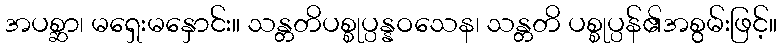
အပစ္ဆာ၊ မရှေးမနှောင်း။ သန္တတိပစ္စုပ္ပန္နဝသေန၊ သန္တတိ ပစ္စုပ္ပန်၏အစွမ်းဖြင့်။